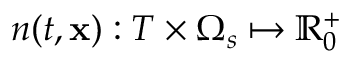
n ( t , \mathbf { x } ) : T \times \Omega _ { s } \mapsto \mathbb { R } _ { 0 } ^ { + }